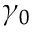
\gamma _ { 0 }